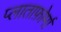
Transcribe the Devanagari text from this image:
प्लाताफ़ोर्मा